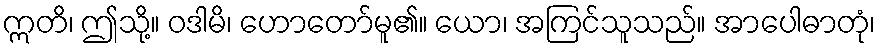
ဣတိ၊ ဤသို့။ ဝဒါမိ၊ ဟောတော်မူ၏။ ယော၊ အကြင်သူသည်။ အာပေါဓာတုံ၊